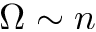
\Omega \sim n